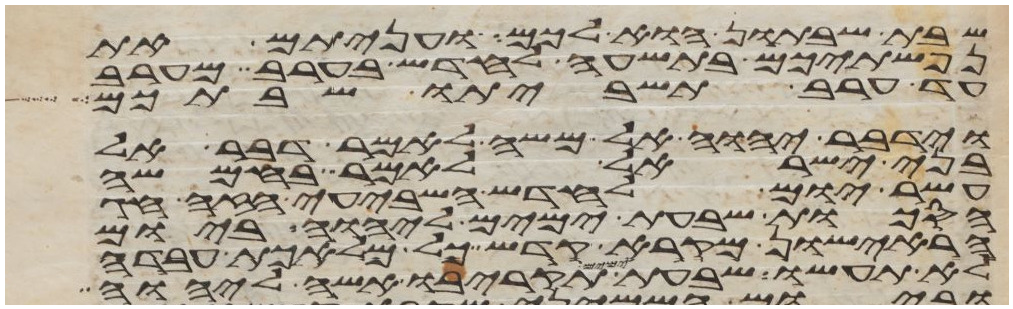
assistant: שבת שבתון הוא לכם ועניתם את
נפשתיכם בתשעה לחדש בערב מערב
עד ערב תשביתו שבתכם
וידבר יהוה אל משה לאמר דבר אל
בני ישראל לאמר בחמשה
עשר יום לחדש השביעי הזה חג
הסכות שבעת ימים ליהוה ביום
הראישון מקרא קדש כל מלאכת עבדה
לא תעשו שבעת ימים תקריבו אשה ליהוה